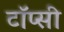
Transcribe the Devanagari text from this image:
टॉप्सी